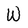
Character: W